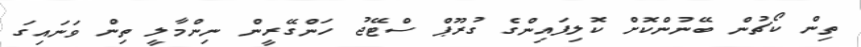
ތިން ކޯޗުން ބޭނުންކޮށް ކޮލިފައިންގެ ގުރޫޕް ސްޓޭޖު ހަންގޭރީން ނިންމާލީ ތިން ވަނައިގަ